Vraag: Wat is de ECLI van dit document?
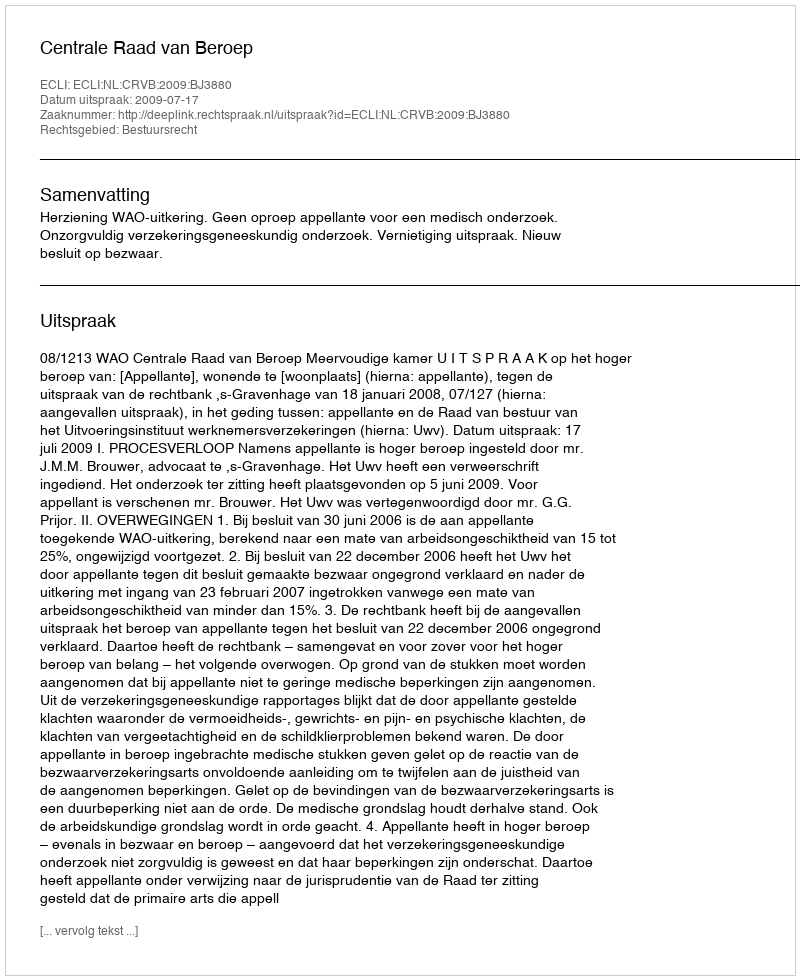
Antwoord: ECLI:NL:CRVB:2009:BJ3880